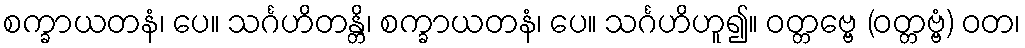
စက္ခာယတနံ၊ ပေ။ သင်္ဂဟိတန္တိ၊ စက္ခာယတနံ၊ ပေ။ သင်္ဂဟိဟူ၍။ ဝတ္တဗ္ဗေ (ဝတ္တဗ္ဗံ) ဝတ၊